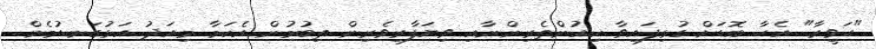
"ހަވީރާ" އެހާ ބޮޑަށް ގުޅިފައިވާ ކިއުންތެރިންނާއި ވިޔަފާރިވެރިން ތިބުމުން އެކަމާ މިއަދު އަޅުގަނޑުމެން